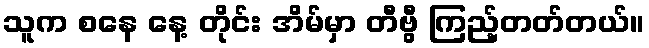
သူက စနေ နေ့ တိုင်း အိမ်မှာ တီဗွီ ကြည့်တတ်တယ်။